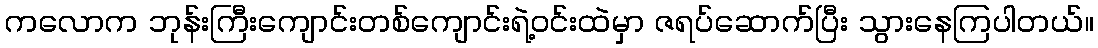
ကလောက ဘုန်းကြီးကျောင်းတစ်ကျောင်းရဲ့ဝင်းထဲမှာ ဇရပ်ဆောက်ပြီး သွားနေကြပါတယ်။